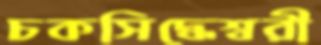
চকসিদ্ধেশ্বরী